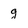
Character: g